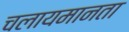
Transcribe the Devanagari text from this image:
चलायमानता